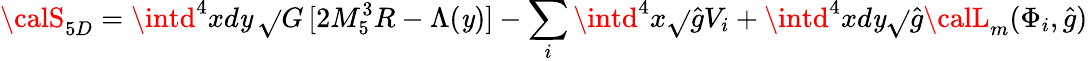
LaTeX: {\calS}_{5D}=\intd^{4}xd\mathit{y}\, \sqrt{}{{G}}\, [2M_{5}^{3}R-\Lambda(\mathit{y})]-\sum_{i}\intd^{4}x\sqrt{}{{\hat{{g}}}}V_{i}+\intd^{4}xd\mathit{y}\sqrt{}{{\hat{{g}}}}{\calL}_{m}(\Phi_{i},\hat{{g}})